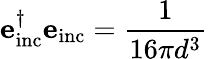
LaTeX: \mathbf{e}_{\mathrm{inc}}^{\dagger}\mathbf{e}_{\mathrm{inc}}=\frac{1}{16\pi d^{3}}